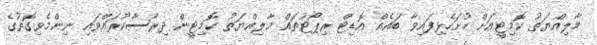
މާލިއްޔަތު ކޮމިޓީއަށް ހުށަހެޅިފައިވާ ބައެއް އޮޑިޓް ރިޕޯޓުތައް މާލިއްޔަތު ކޮމިޓީން ދިރާސާކުރައްވައި ނިންމެވިގޮތުގެ